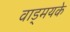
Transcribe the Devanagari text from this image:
वाड्मयके